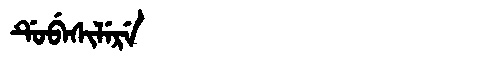
Manchu: ᡩᡠᠪᡝᠰᡳᠯᡝᡵᡝ
Romanization: DUBESILERE